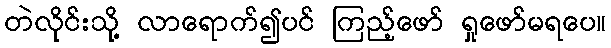
တဲလိုင်းသို့ လာရောက်၍ပင် ကြည့်ဖော် ရှုဖော်မရပေ။